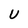
Character: U